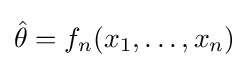
{\hat {\theta }}=f_{n}(x_{1},\ldots ,x_{n})